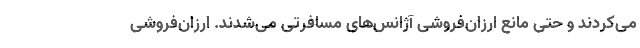
می‌کردند و حتی مانع ارزان‌فروشی آژانس‌های مسافرتی می‌شدند. ارزان‌فروشی